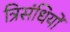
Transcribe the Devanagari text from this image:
त्रिसंधियों